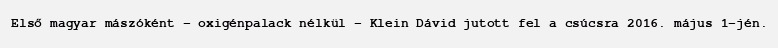
Első magyar mászóként – oxigénpalack nélkül – Klein Dávid jutott fel a csúcsra 2016. május 1-jén.